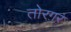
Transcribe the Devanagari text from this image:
तोरग़र